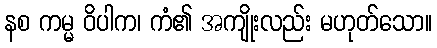
နစ ကမ္မ ဝိပါက၊ ကံ၏ အကျိုးလည်း မဟုတ်သော။